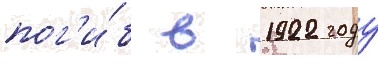
пог'и́б в 1922 году